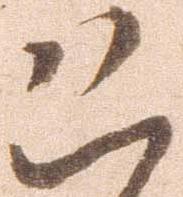
恐